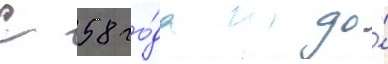
С 58 го́да до́